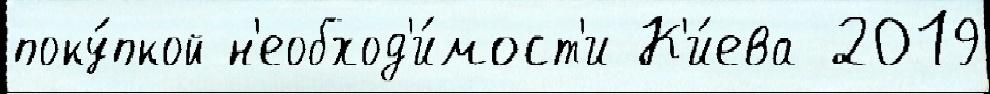
поку́пкой н'еобход'и́мост'и К'и́ева 2019